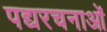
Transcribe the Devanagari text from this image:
पद्यरचनाओं